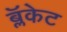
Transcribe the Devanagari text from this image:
ब्लॅकेट